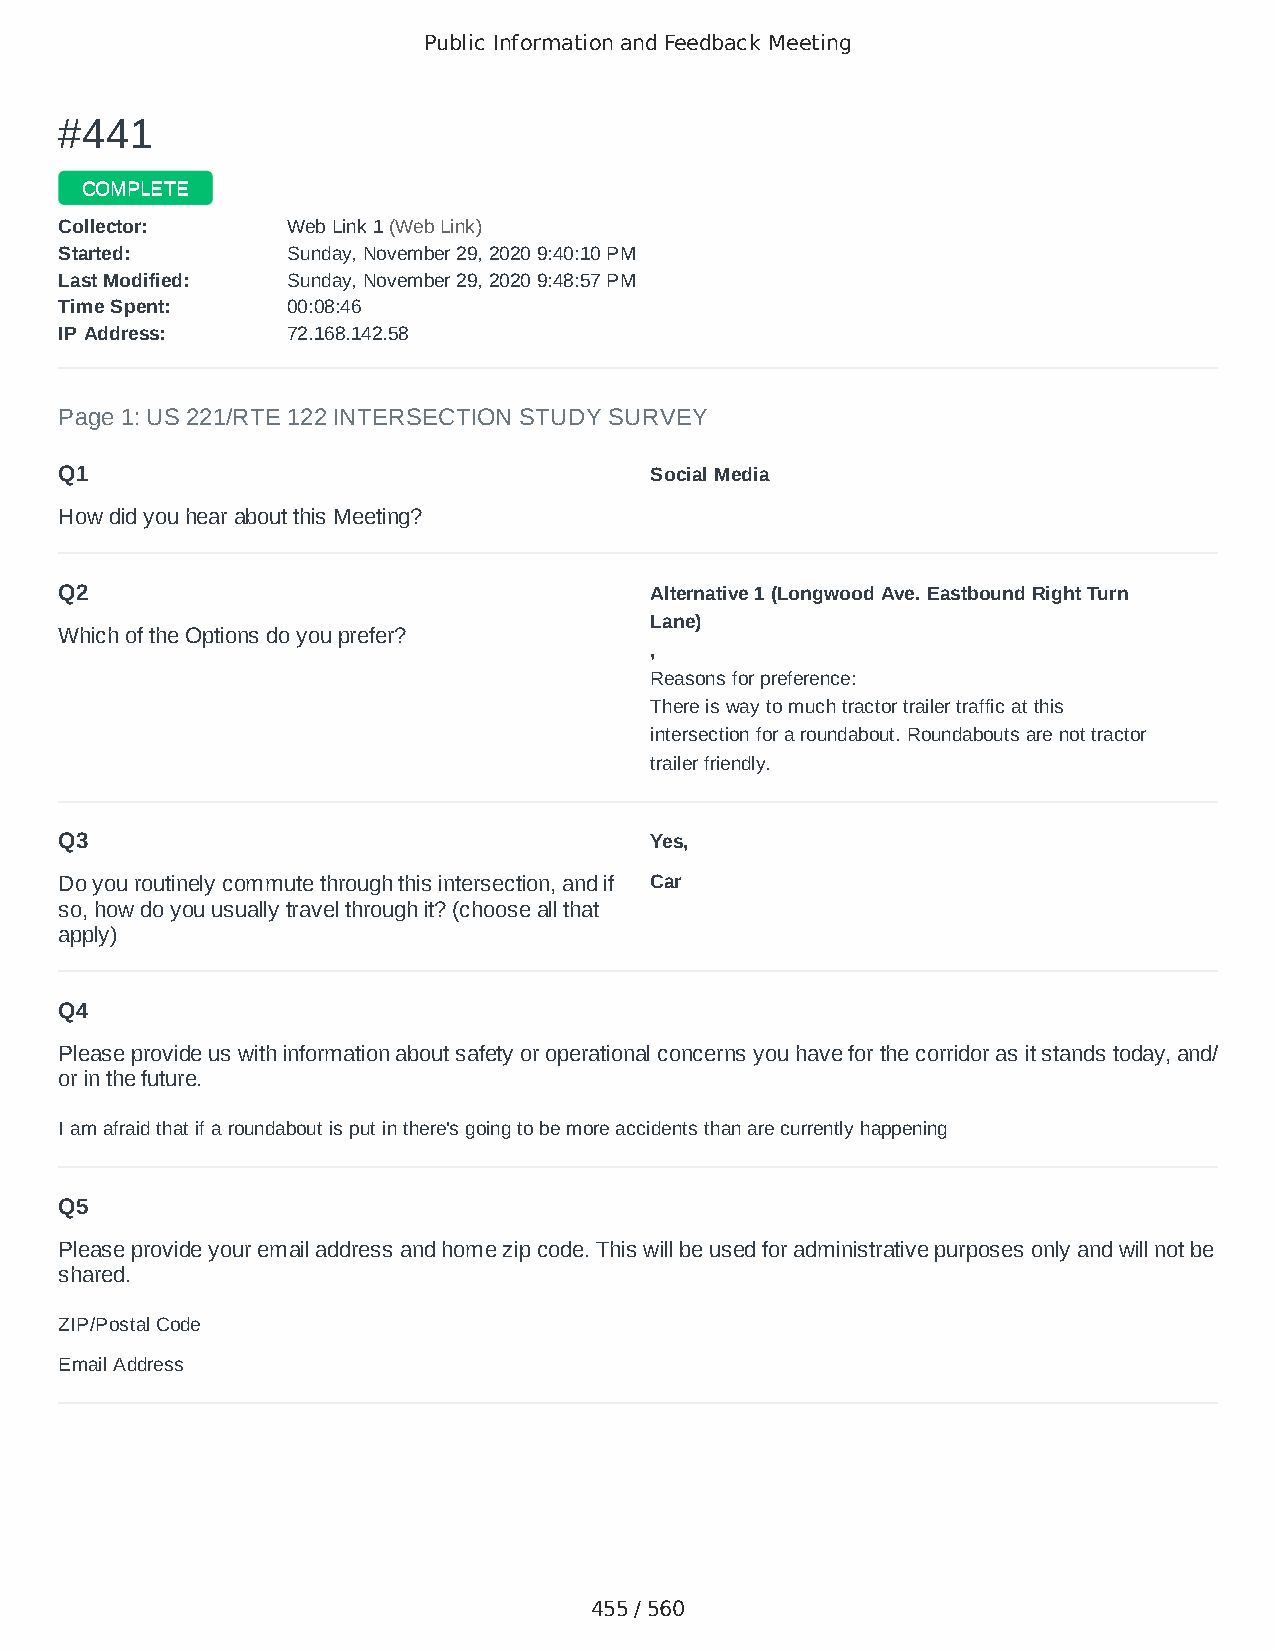
Public Information and Feedback Meeting
 ##444411
 CCOOMMPPLLEETTEE
 CCoolllleeccttoorr:: WWeebb LLiinnkk 11 ((WWeebb LLiinnkk))
 SSttaarrtteedd:: SSuunnddaayy,, NNoovveemmbbeerr 2299,, 22002200 99::4400::1100 PPMM
 LLaasstt MMooddiiffiieedd:: SSuunnddaayy,, NNoovveemmbbeerr 2299,, 22002200 99::4488::5577 PPMM
 TTiimmee SSppeenntt:: 0000::0088::4466
 IIPP AAddddrreessss:: 7722..116688..114422..5588
 Page 1: US 221/RTE 122 INTERSECTION STUDY SURVEY
 Q1                                     Social Media
 How did you hear about this Meeting?
 Q2                                     Alternative 1 (Longwood Ave. Eastbound Right Turn
 Lane)
 Which of the Options do you prefer?
 ,
 Reasons for preference:
 There is way to much tractor trailer traffic at this
 intersection for a roundabout. Roundabouts are not tractor
 trailer friendly.
 Q3                                     Yes,
 Do you routinely commute through this intersection, and if Car
 so, how do you usually travel through it? (choose all that
 apply)
 Q4
 Please provide us with information about safety or operational concerns you have for the corridor as it stands today, and/
 or in the future.
 I am afraid that if a roundabout is put in there's going to be more accidents than are currently happening
 Q5
 Please provide your email address and home zip code. This will be used for administrative purposes only and will not be
 shared.
 ZIP/Postal Code                        24523
 Email Address                          wizard295@yahoo.com
 455 / 560